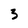
Character: 3